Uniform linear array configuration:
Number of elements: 8
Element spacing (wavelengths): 1
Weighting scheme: blackman
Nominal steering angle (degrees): -30
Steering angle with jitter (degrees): -31.514
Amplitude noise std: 0.05
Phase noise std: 0.05

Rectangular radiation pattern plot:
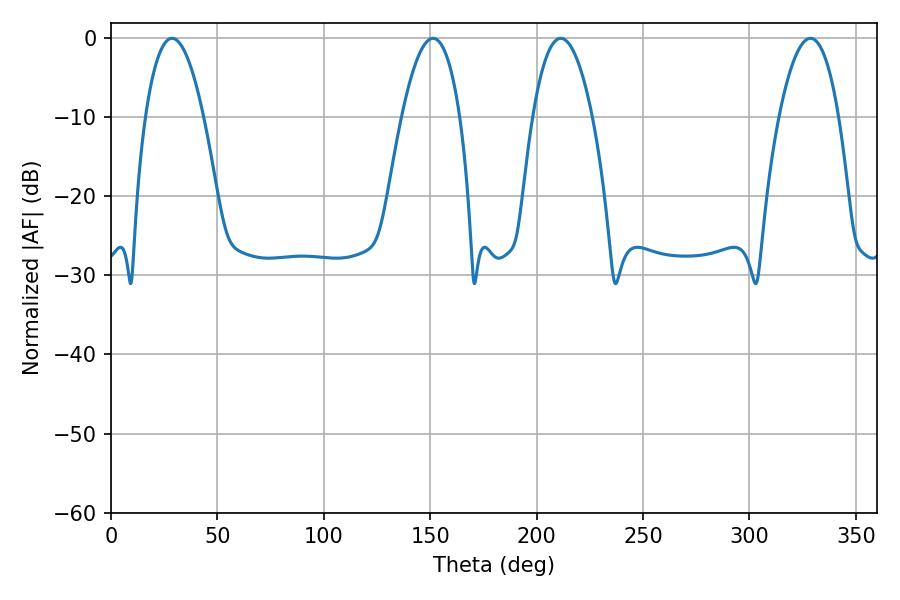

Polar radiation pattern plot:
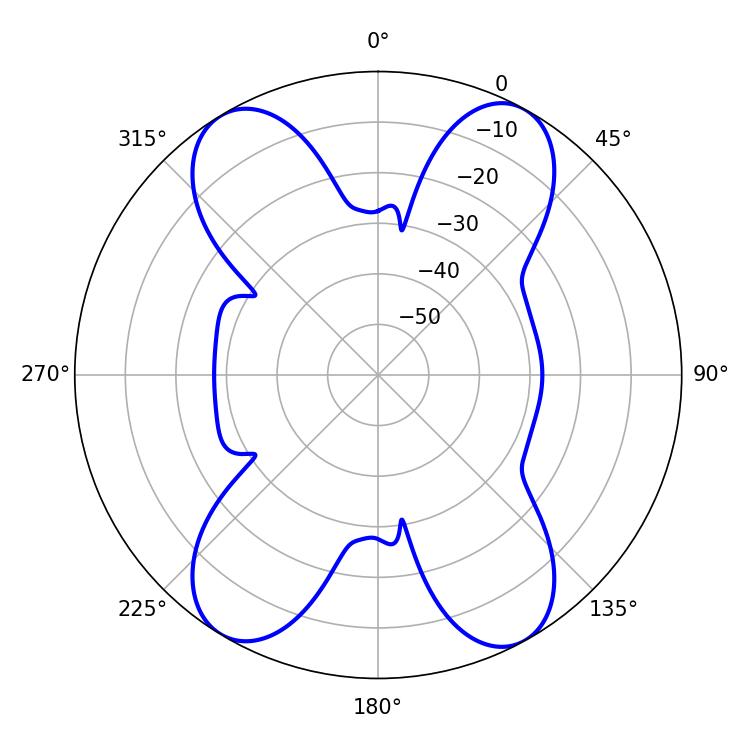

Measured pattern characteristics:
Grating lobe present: TRUE
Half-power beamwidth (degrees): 15.66
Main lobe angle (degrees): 211.32